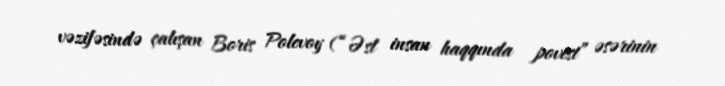
vəzifəsində çalışan Boris Polevoy (“Əsl insan haqqında povest” əsərinin